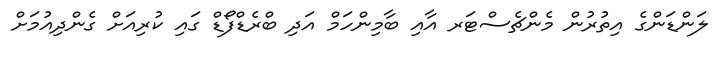
ލަންޑަންގެ އިތުރުން މެންޗެސްޓަރ އާއި ބާމިންހަމް އަދި ބްރެޑްފޯޑް ގައި ކުރިއަށް ގެންދިއުމަށް